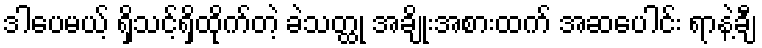
ဒါပေမယ့် ရှိသင့်ရှိထိုက်တဲ့ ခဲသတ္ထု အချိုးအစားထက် အဆပေါင်း ရာနဲ့ချီ